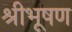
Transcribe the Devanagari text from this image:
श्रीभूषण